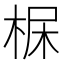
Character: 𣒺